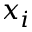
x _ { i }